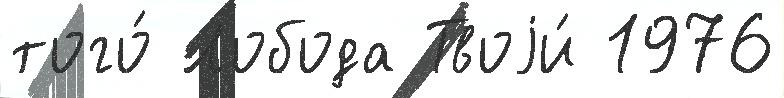
того́ Лобода Твоjи́ 1976